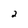
Character: 2